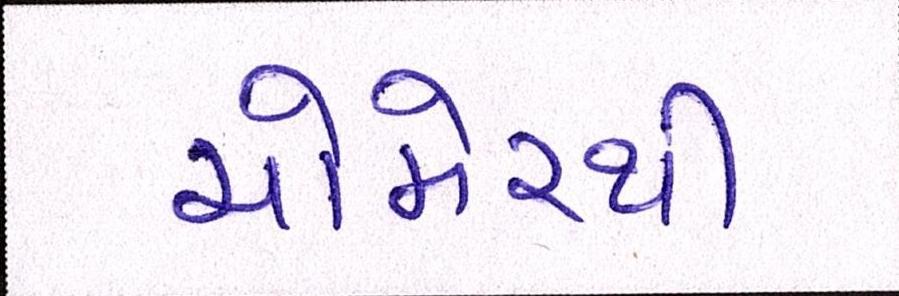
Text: ચોમેરથી